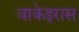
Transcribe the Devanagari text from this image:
वाकेइरास